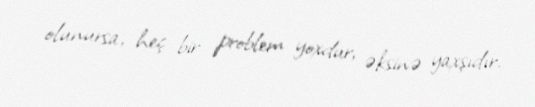
olunursa, heç bir problem yoxdur, əksinə yaxşıdır.